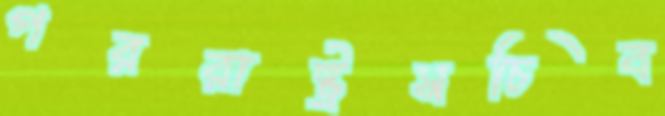
পররাষ্ট্রসচিব